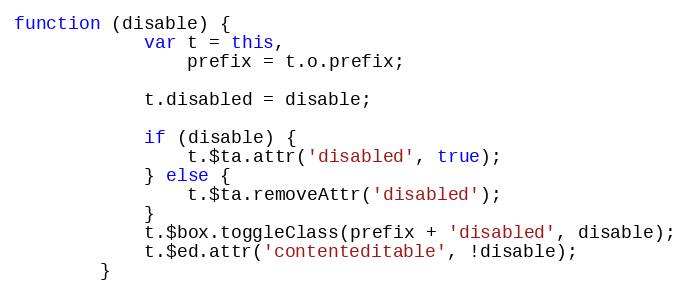
Language: JavaScript
function (disable) {
            var t = this,
                prefix = t.o.prefix;

            t.disabled = disable;

            if (disable) {
                t.$ta.attr('disabled', true);
            } else {
                t.$ta.removeAttr('disabled');
            }
            t.$box.toggleClass(prefix + 'disabled', disable);
            t.$ed.attr('contenteditable', !disable);
        }